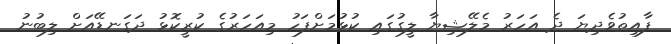
ފާއިތުވެދިޔަ ދެ އަހަރު މެލޭޝިޔާ ލީގުގައި ކުޅުމަށްފަހު މިއަހަރުގެ ކުރީކޮޅު ދަގަނޑޭއަށް ލިބުނު